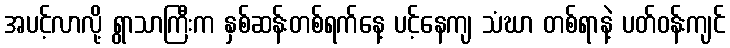
အပင့်လာလို့ ရွာသာကြီးက နှစ်ဆန်းတစ်ရက်နေ့ ပင့်နေကျ သံဃာ တစ်ရာနဲ့ ပတ်ဝန်းကျင်